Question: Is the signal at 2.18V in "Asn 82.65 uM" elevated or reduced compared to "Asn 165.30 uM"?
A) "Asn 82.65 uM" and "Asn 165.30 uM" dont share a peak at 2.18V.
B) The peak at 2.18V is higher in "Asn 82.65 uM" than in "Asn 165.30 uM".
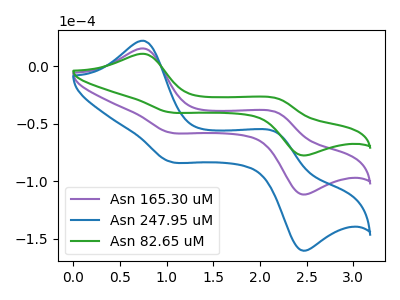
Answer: <think>The purple curve "Asn 165.30 uM" has anodic peaks at (0.75V, 15.25uA) (2.20V, -40.20uA) and cathodic peaks at (1.00V, -57.45uA) (2.45V, -110.90uA). The blue curve "Asn 247.95 uM" has anodic peaks at (0.75V, 30.50uA) (2.20V, -80.45uA) and cathodic peaks at (1.00V, -114.95uA) (2.45V, -221.80uA). The green curve "Asn 82.65 uM" has anodic peaks at (0.75V, 10.60uA) (2.20V, -28.00uA) and cathodic peaks at (1.00V, -40.00uA) (2.45V, -77.15uA).</think>
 <answer>B) The peak at 2.18V is higher in "Asn 82.65 uM" than in "Asn 165.30 uM".</answer>
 <eval>B</eval>